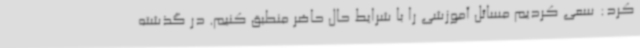
کرد: سعی کردیم مسائل آموزشی را با شرایط حال حاضر منطبق کنیم. در گذشته